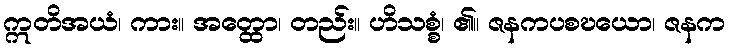
ဣတိအယံ၊ ကား။ အတ္ထော၊ တည်း။ ဟိသစ္စံ၊ ၏။ ဇနကပစဎယော၊ ဇနက